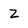
Character: Z